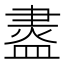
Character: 䀆